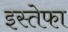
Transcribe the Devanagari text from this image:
इस्तेफा